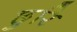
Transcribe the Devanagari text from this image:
छुरि